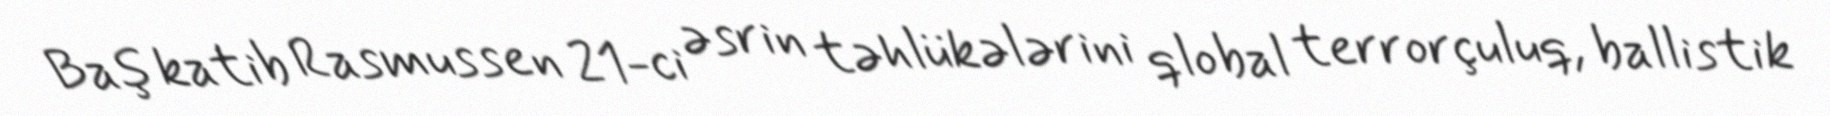
Baş katib Rasmussen 21-ci əsrin təhlükələrini qlobal terrorçuluq, ballistik